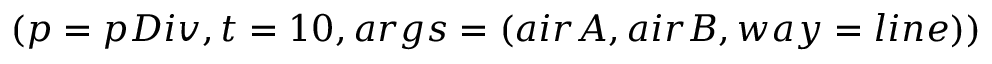
( p = p D i v , t = 1 0 , a r g s = ( a i r A , a i r B , w a y = l i n e ) )